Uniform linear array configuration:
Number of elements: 8
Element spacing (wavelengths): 0.25
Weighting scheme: blackman
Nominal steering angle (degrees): -15
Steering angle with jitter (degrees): -14.097
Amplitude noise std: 0.05
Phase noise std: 0.05

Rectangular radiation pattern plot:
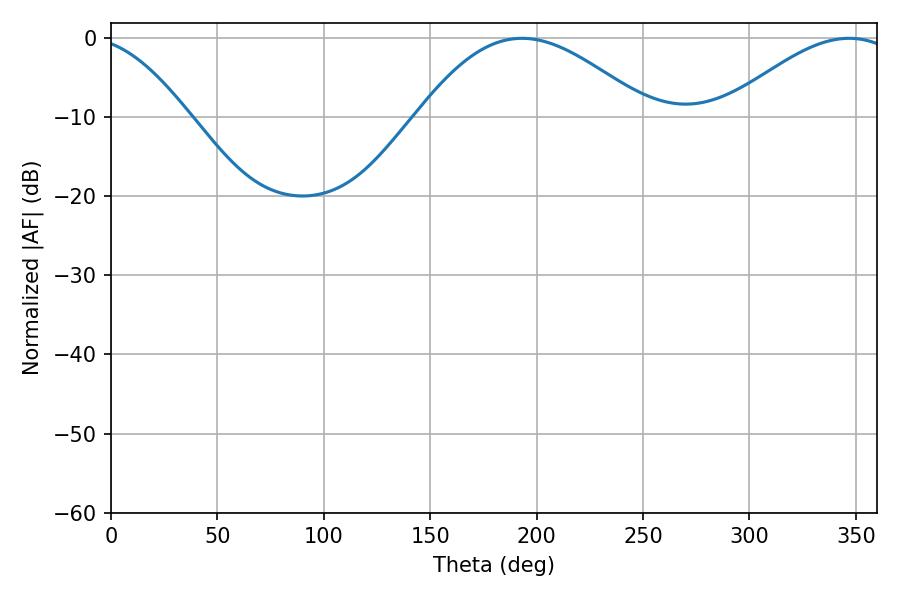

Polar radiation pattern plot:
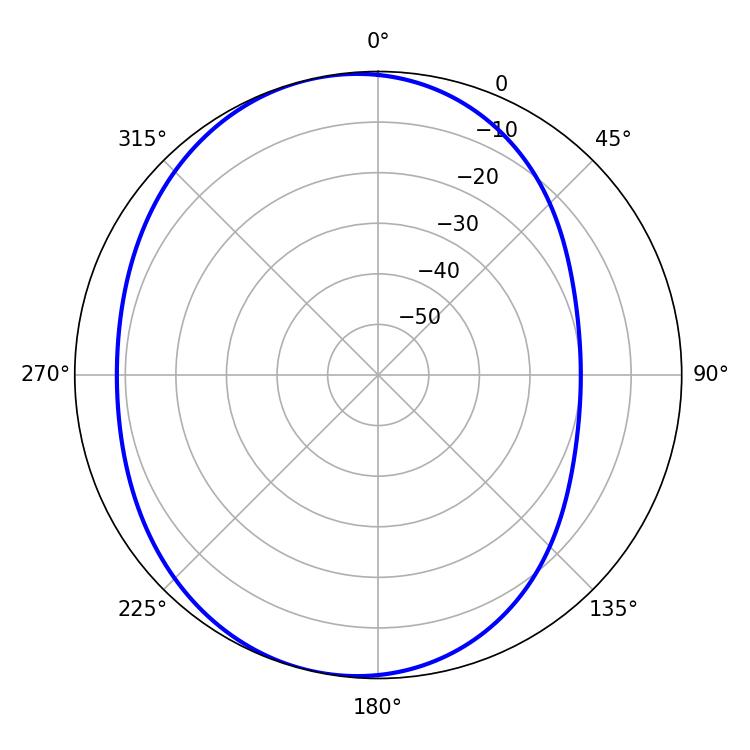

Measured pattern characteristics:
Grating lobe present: FALSE
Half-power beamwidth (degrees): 58.5
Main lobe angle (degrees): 193.14